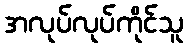
အလုပ်လုပ်ကိုင်သူ